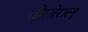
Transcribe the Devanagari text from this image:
तोरबेरालू